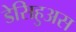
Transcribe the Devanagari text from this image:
डेसिहुअस